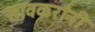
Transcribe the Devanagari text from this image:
सावकरांनी